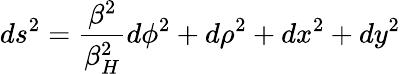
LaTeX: ds^{2}={\frac{\beta^{2}}{\beta_{H}^{2}}}d\phi^{2}+d\rho^{2}+dx^{2}+dy^{2}